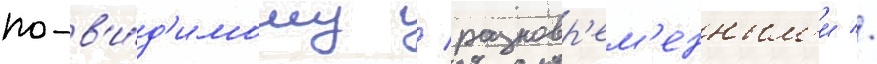
по-в'и́д'имому / разновр'ем'енным'и //